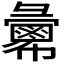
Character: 𢑷